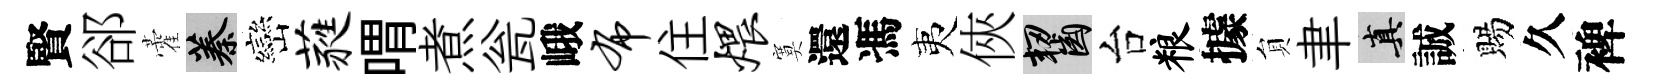
賢郤藿蓁巒蕤喟煮瓮峨布住煨寞還馮夷俠齧台粮據貟聿真誠賜久裨